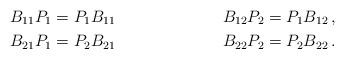
LaTeX: \begin{align*} B_{11}P_1&=P_1B_{11} & B_{12}P_2=P_1B_{12}\,, \\ B_{21}P_1&=P_2B_{21} & B_{22}P_2=P_2B_{22}\,. \end{align*}